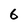
Character: 6